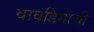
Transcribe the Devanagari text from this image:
वावडिंगाची